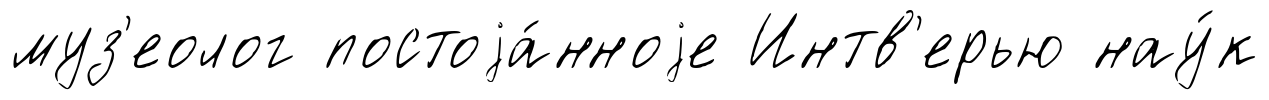
муз'еолог постоjа́нноjе Интв'ерью нау́к